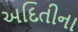
અદિતીના